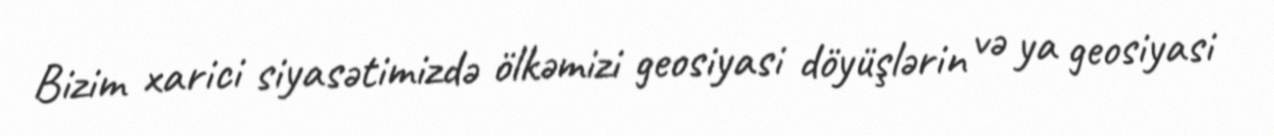
Bizim xarici siyasətimizdə ölkəmizi geosiyasi döyüşlərin və ya geosiyasi